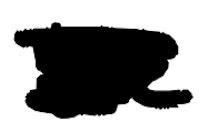
Text: the
Cross-out: scratch
Writing tool: digital_black